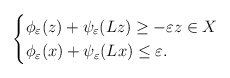
\begin{align*}\begin{cases}\phi_\varepsilon (z) + \psi_\varepsilon (Lz) \geq -\varepsilon z\in X \\\phi_\varepsilon (x)+\psi_\varepsilon (Lx)\leq \varepsilon.\end{cases}\end{align*}